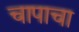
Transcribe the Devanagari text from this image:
चापाचा